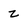
Character: z